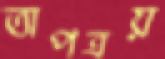
তাপত্রয়